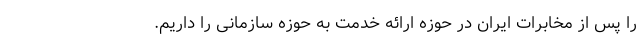
را پس از مخابرات ایران در حوزه ارائه خدمت به حوزه سازمانی را داریم.